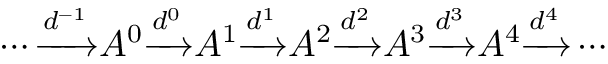
\cdots { \xrightarrow { d ^ { - 1 } } } A ^ { 0 } { \xrightarrow { d ^ { 0 } } } A ^ { 1 } { \xrightarrow { d ^ { 1 } } } A ^ { 2 } { \xrightarrow { d ^ { 2 } } } A ^ { 3 } { \xrightarrow { d ^ { 3 } } } A ^ { 4 } { \xrightarrow { d ^ { 4 } } } \cdots